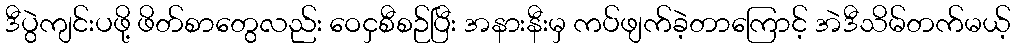
ဒီပွဲကျင်းပဖို့ ဖိတ်စာတွေလည်း ဝေငှစီစဉ်ပြီး အနားနီးမှ ကပ်ဖျက်ခဲ့တာကြောင့် အဲဒီသိမ်တက်မယ့်